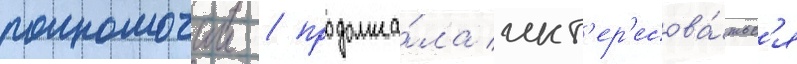
полномочии / продолжа́ла инт'ер'есова́тьс'я